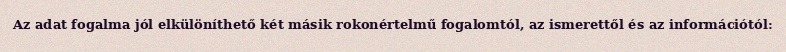
Az adat fogalma jól elkülöníthető két másik rokonértelmű fogalomtól, az ismerettől és az információtól: